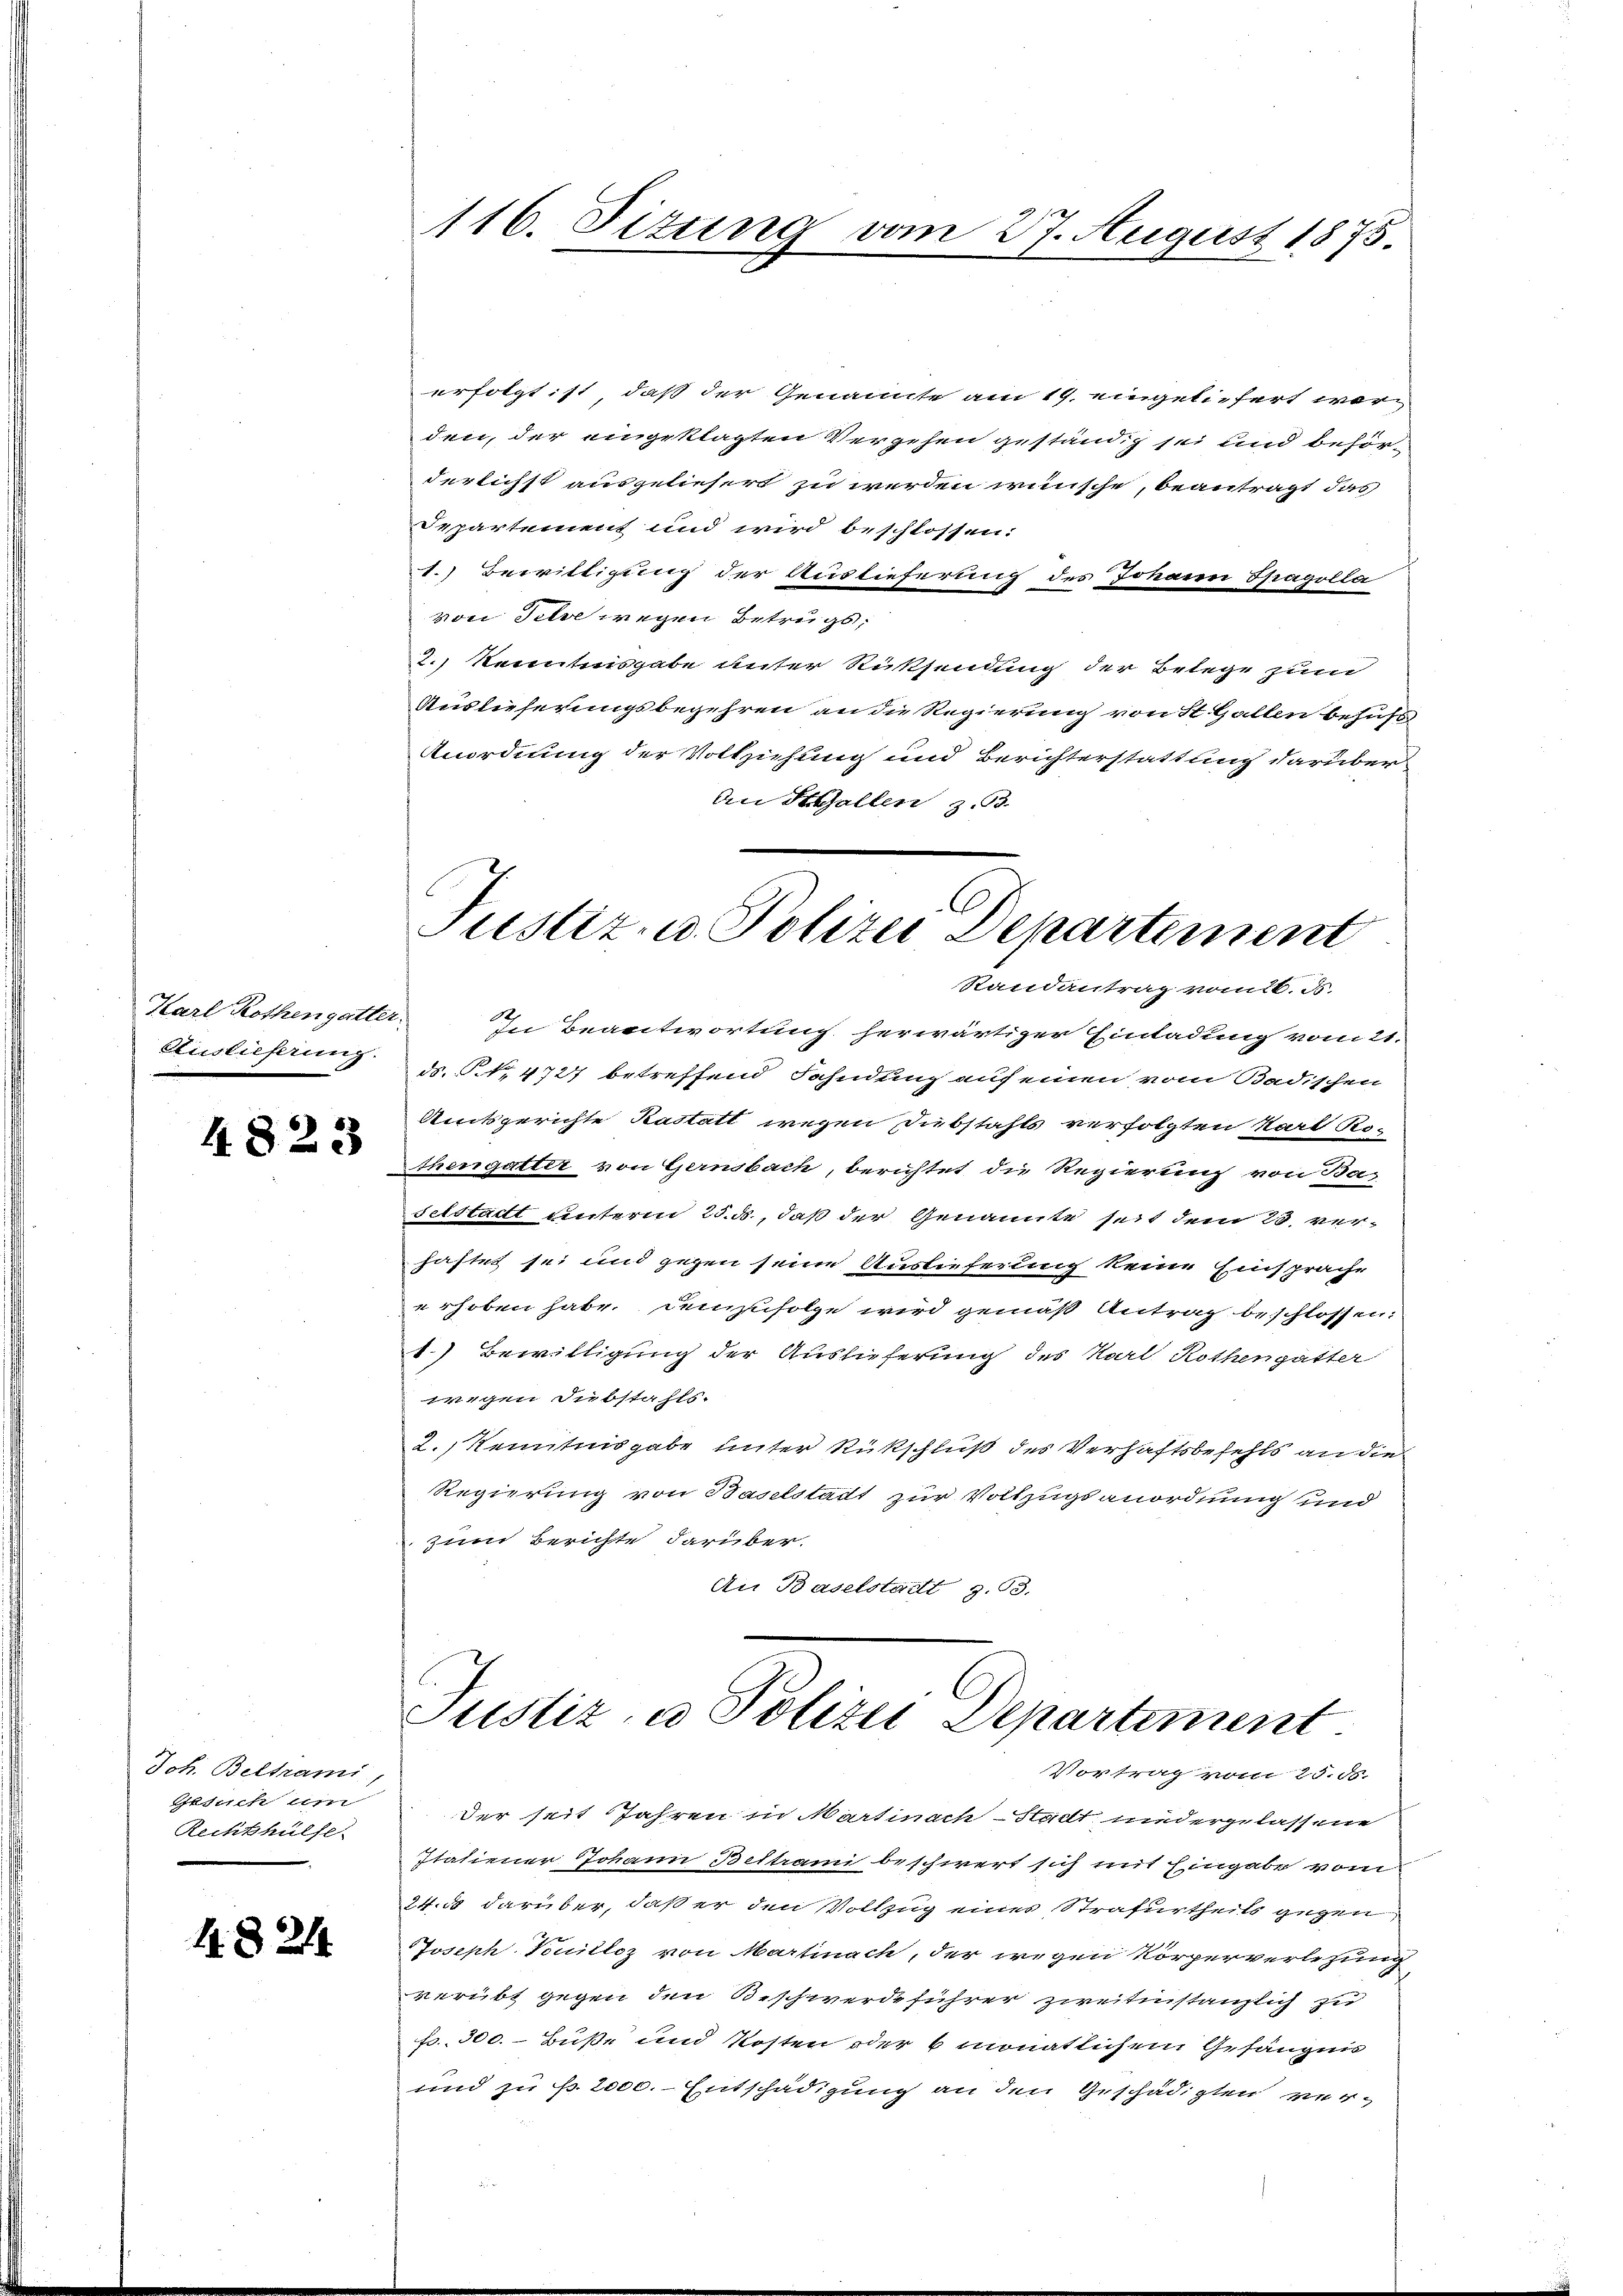
Auslieferung.

4823

Joh. Beltrami,
Gesuch um
Rechthülfe.

4824

116. Titung vom 27. August 1875.

erfolgt ist, daß der Genannte am 19. eingeliefert werden, der eingeklagten Vergehen geständig sei und behörderlichst ausgeliefert zu werden wünsche, beantragt das
Departement und wird beschlossen:
1. Bewilligung der Auslieferung des Johann Spagolla
von Schne wegen Betrugs,
2.) Kenntnisgabe unter Rücksendung der Belege zum
Auslieferungsbegehren an die Regierung von St. Gallen behufs
Anordnung der Vollziehung und Berichterstattung darüber
An St. Gallen z. 93.
Randantrag vom 6. ds.
Karl Kothengatter. In Beantwortung herwärtiger Einladung vom 21.
ds. No. 4727 betreffend Fahndung auf einen vom Badischen
Amtsgerichte Kastatt wegen Dubstahls verfolgten Karl Ro-
Ehegatter von Gernsbach, berichtet die Regierung von Ba-
selstadt unterm 25. ds., daß der Genannte seit dem 20. verhaftet sei und gegen seine Auslieferung keine Einsprache
erhoben habe. Demzufolge wird gemäß Antrag beschlossen.
1.) Bewilligung der Auslieferung des Karl Rothengatter
Eigen Diebstahls.
2.) Kenntnisgabe unter Rückschluß des Verhaftsbefehls an die
Regierung von Baselstadt zur Vollzugsanordnung und
zum Berichte darüber.
An Baselstadt, z. 13.

C
Justiz- u. Polizei Departement

Justiz, u. Polizei Departement
Vortrag vom 25. ds.

der seit Jahren in Martinach Stadt niedergelassene
Italiener Johann Bettrami beschwert sich mit Eingabe vom
24. da darüber, daß er den Vollzug eines Strafurtheils gegen
Joseph-Touillez von Martinach, der wegen Körperverlegung
verübt gegen den Beschwerdeführer zweitinstanzlich zu
fr. 300.- Buße und Kosten oder 6 monatlichem Gefängnis
und zu f. 2000. Entschädigung an den Geschädigten ver-